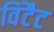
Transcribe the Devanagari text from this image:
विंटैट